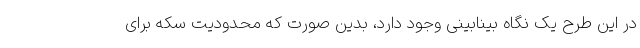
در این طرح یک نگاه بینابینی وجود دارد، بدین صورت که محدودیت سکه برای